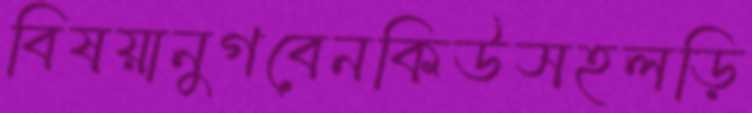
বিষয়ানুগবেনকিউসহলড়ি